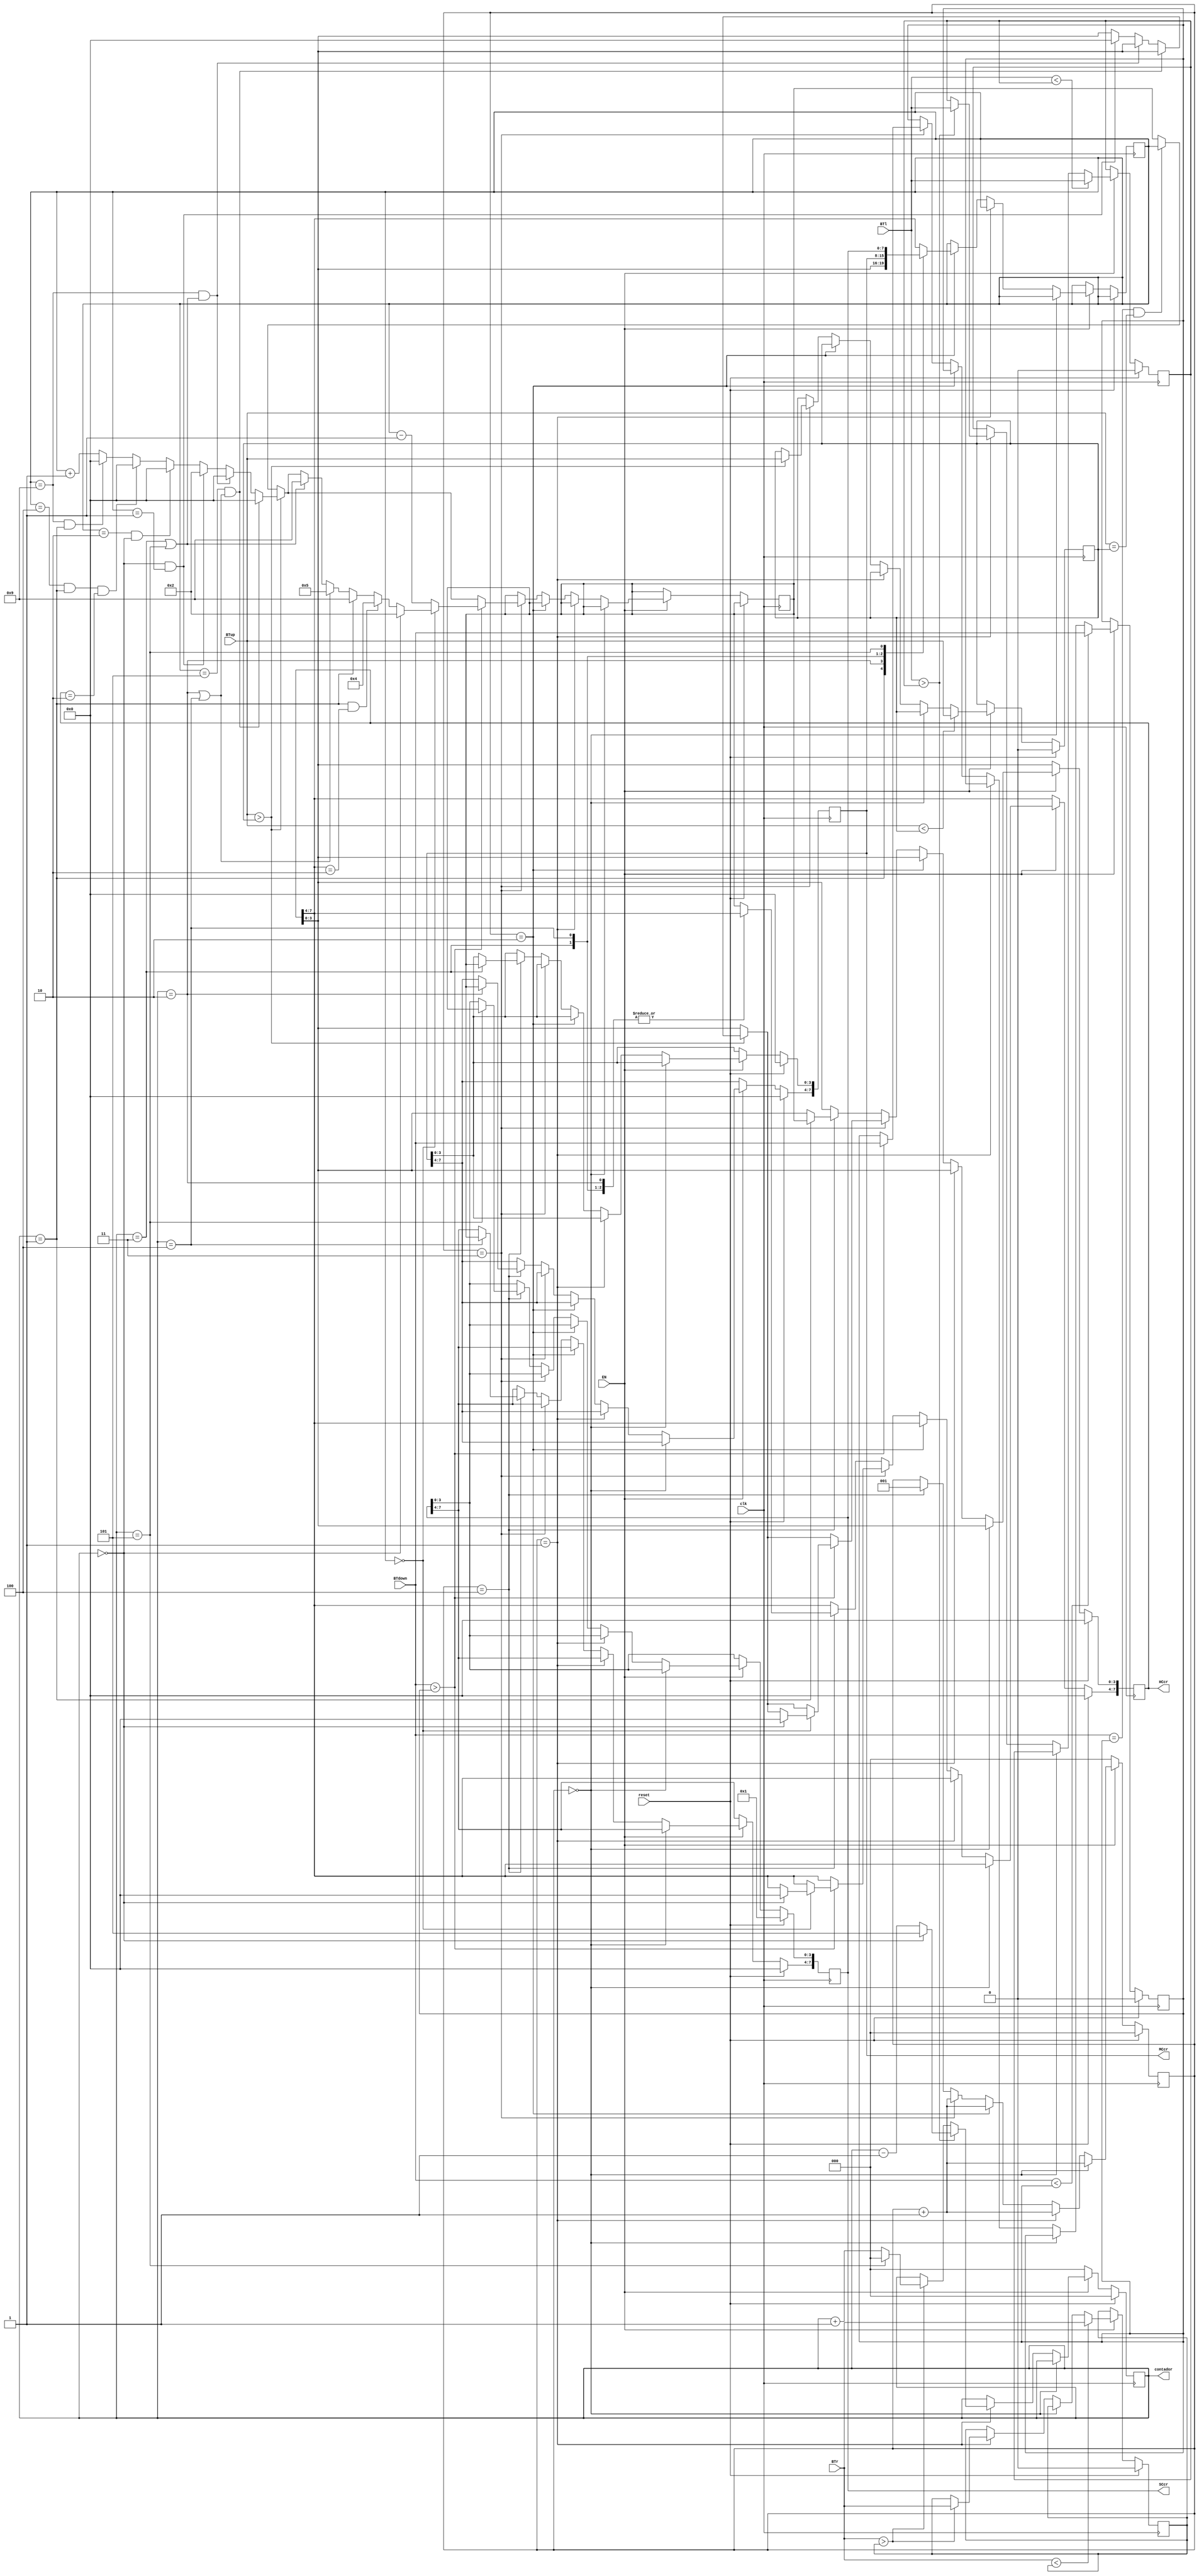
`timescale 1ns / 1ps
//////////////////////////////////////////////////////////////////////////////////
// Company: 
// Engineer: 
// 
// Design Name: 
// Module Name:    CHora 
// Project Name: 
// Target Devices: 
// Tool versions: 
// Description: 
//
// Dependencies: 
//
// Revision: 
// Revision 0.01 - File Created
// Additional Comments: 
//
//////////////////////////////////////////////////////////////////////////////////
module CCrono(
	 input EN,
    input BTup,
    input BTdown,
    input BTl,
    input BTr,
	 input clk,
	 input reset,
    output reg [7:0] HCcr,
    output reg [7:0] MCcr,
    output reg [7:0] SCcr,
	 output reg [2:0]contador
    );
	 
	 reg [2:0]step;
	 reg BTupref;
	 reg BTdownref;
	 reg BTlref;
	 reg BTrref;
	 reg [3:0] varin;
	 reg [3:0] varout;
	 
always @(posedge clk)
begin
	if (reset)
	begin
		contador<=0;
		step<=0;
		BTupref<=0;
		BTdownref<=0;
	   BTlref<=0;
	   BTrref<=0;
		
		HCcr<=0;
		MCcr<=0;
		SCcr<=8'h01;
		
		
	end
	else if (EN)
	begin
	if (step==0)
	begin
		step<=step+1'b1;
	end
	else if (step==1)//paso 1
		begin
		if (BTr>BTrref)
		begin
			if (contador==5)
			contador<=0;
			else contador<=contador+1'b1;
			BTrref<=BTr;
		end
		else if (BTr<BTrref)
			BTrref<=BTr;
		
		if (BTl>BTlref)
		begin
			if (contador==0)
			contador<=5;
			else contador<=contador-1'b1;
			BTlref<=BTl;
		end
		
		step<=step+1'b1;
		end
		
			
		else if (step==2)//paso 2
			begin
			case (contador)
			3'b000: varin<=HCcr[7:4];
			3'b001: varin<=HCcr[3:0];
			3'b010: varin<=MCcr[7:4];
			3'b011: varin<=MCcr[3:0];
			3'b100: varin<=SCcr[7:4];
			3'b101: varin<=SCcr[3:0];
			default varin<=HCcr[7:4];
			endcase
			
			step<=step+1'b1;
			end
		
		else if (step==3)
		begin
		if (BTdown==BTdownref && BTup==BTupref)
		varout<=varin;
		
		if (BTup>BTupref)
		begin
			if (varin==5&&(contador==2||contador==4))varout<=0;
			else if (varin==9&&(contador==3||contador==5))varout<=0;
			else if (contador==0&&varin==1)
				begin
				varout<=2;
				HCcr[3:0]<=0;
				end
			else if (varin==2 && contador==0)varout<=0;
			else if (varin==4 && contador==1 && HCcr==2)varout<=0;
			else if (varin==9 && contador==1)varout<=0;
			else varout<=varin+1'b1;
			BTupref<=BTup;
		end
		
		
		if (BTdown>BTdownref)
		begin
			if (varin==0)
			begin
				if (contador==0)
					begin
					varout<=2;
					HCcr<=0;
					end
				else if (contador==1&&HCcr[7:4]==2)varout<=4;
				else if (contador==1)varout<=9;
				else if (contador==2||contador==4)varout<=5;
				else if (contador==3||contador==5)varout<=9;
			end
			else varout<=varin-1'b1;
			BTdownref<=BTdown;
		end
		
		step<=step+1'b1;
		end
		
		else if (step==4)
		begin
		case (contador)
			3'b000: HCcr[7:4]<=varout;
			3'b001: HCcr[3:0]<=varout;
			3'b010: MCcr[7:4]<=varout;
			3'b011: MCcr[3:0]<=varout;
			3'b100: SCcr[7:4]<=varout;
			3'b101: SCcr[3:0]<=varout;
			default HCcr[7:4]<=varout;
		endcase
		step<=1;
		end
		if (BTl<BTlref)
			BTlref<=BTl;
		if (BTr<BTrref)
			BTrref<=BTr;
		if (BTup<BTupref)
			BTupref<=BTup;
		if (BTdown<BTdownref)
			BTdownref<=BTdown;
	end
	else 
	begin
	step<=0;
	contador<=0;
	end
end
endmodule